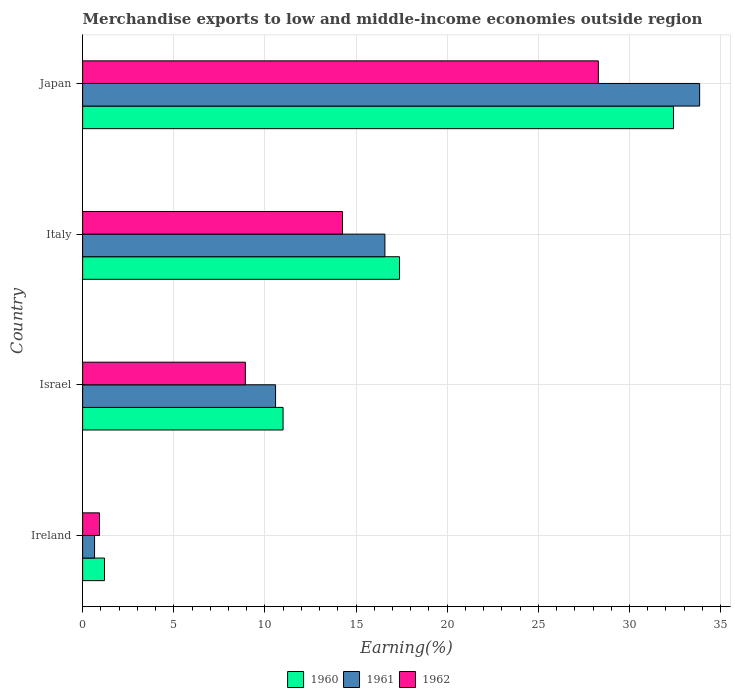
| Country | 1960 | 1961 | 1962 |
 | --- | --- | --- | --- |
 | Ireland | 1.2 | 0.655 | 0.925 |
 | Israel | 11 | 10.6 | 8.93 |
 | Italy | 17.4 | 16.6 | 14.3 |
 | Japan | 32.4 | 33.9 | 28.3 |